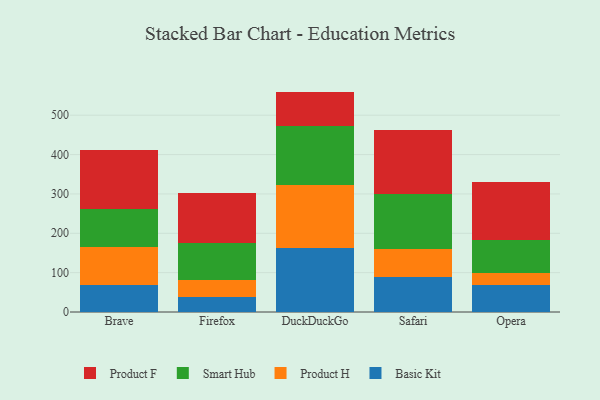
{"axis": {"x": "Browser", "y": "Headcount"}, "legend": ["Basic Kit", "Product F", "Product H", "Smart Hub"], "data": [{"x": "Brave", "y": 68.1, "type": "Basic Kit"}, {"x": "Brave", "y": 97.2, "type": "Product H"}, {"x": "Brave", "y": 96.7, "type": "Smart Hub"}, {"x": "Brave", "y": 150.4, "type": "Product F"}, {"x": "Firefox", "y": 38.5, "type": "Basic Kit"}, {"x": "Firefox", "y": 43.7, "type": "Product H"}, {"x": "Firefox", "y": 92.7, "type": "Smart Hub"}, {"x": "Firefox", "y": 128.3, "type": "Product F"}, {"x": "DuckDuckGo", "y": 161.9, "type": "Basic Kit"}, {"x": "DuckDuckGo", "y": 160.4, "type": "Product H"}, {"x": "DuckDuckGo", "y": 150.6, "type": "Smart Hub"}, {"x": "DuckDuckGo", "y": 87.1, "type": "Product F"}, {"x": "Safari", "y": 90.2, "type": "Basic Kit"}, {"x": "Safari", "y": 69.5, "type": "Product H"}, {"x": "Safari", "y": 140.9, "type": "Smart Hub"}, {"x": "Safari", "y": 162.1, "type": "Product F"}, {"x": "Opera", "y": 68.2, "type": "Basic Kit"}, {"x": "Opera", "y": 30.0, "type": "Product H"}, {"x": "Opera", "y": 85.5, "type": "Smart Hub"}, {"x": "Opera", "y": 146.3, "type": "Product F"}]}